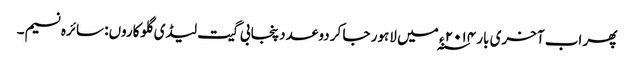
پھر اب آخری بار ۲۰۱۴ ء ؁ میں لاہور جا کر دو عدد پنجابی گیت لیڈی گلوکاروں: سائرہ نسیم۔